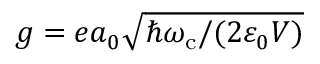
g = e a _ { 0 } \sqrt { \hbar \omega _ { \mathrm { c } } / ( 2 \varepsilon _ { 0 } V ) }